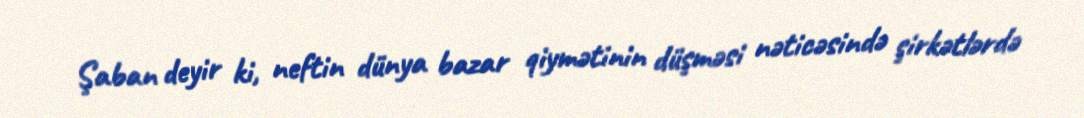
Şaban deyir ki, neftin dünya bazar qiymətinin düşməsi nəticəsində şirkətlərdə